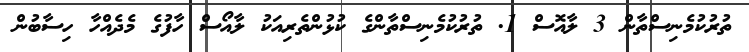
ތުރުކުމެނިސްތާން 3 ލާއޮސް 1. ތުރުކުމެނިސްތާންގެ ކުޅުންތެރިއަކު ލާއޯސް ހާފުގެ މެދެއްހާ ހިސާބުން